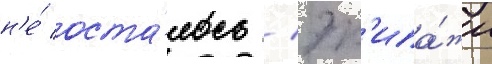
н'е́ оста́лось / эк'ипа́жи